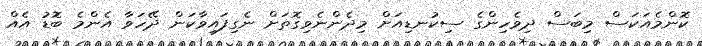
ކޮންމެއަކަސް މިބަސް ދިވެހިންގެ ސިކުނޑިއަށް މިދެންނެވިގޮތަށް ނެގިފައިވާކަން ދޭހަވާ އެންމެ ބޮޑު އެއް